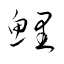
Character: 鯉